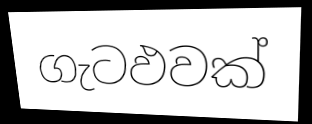
ගැටඵවක්